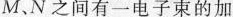
M、N之间有一电子束的加